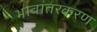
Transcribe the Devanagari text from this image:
भावांतरकरण